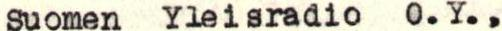
Suomen Yleisradio O.Y.,